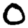
Digit: 0